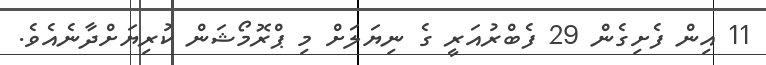
11 އިން ފެށިގެން 29 ފެބްރުއަރީ ގެ ނިޔަލަށް މި ޕްރޮމޯޝަން ކުރިޔަށްދާނެއެވެ.